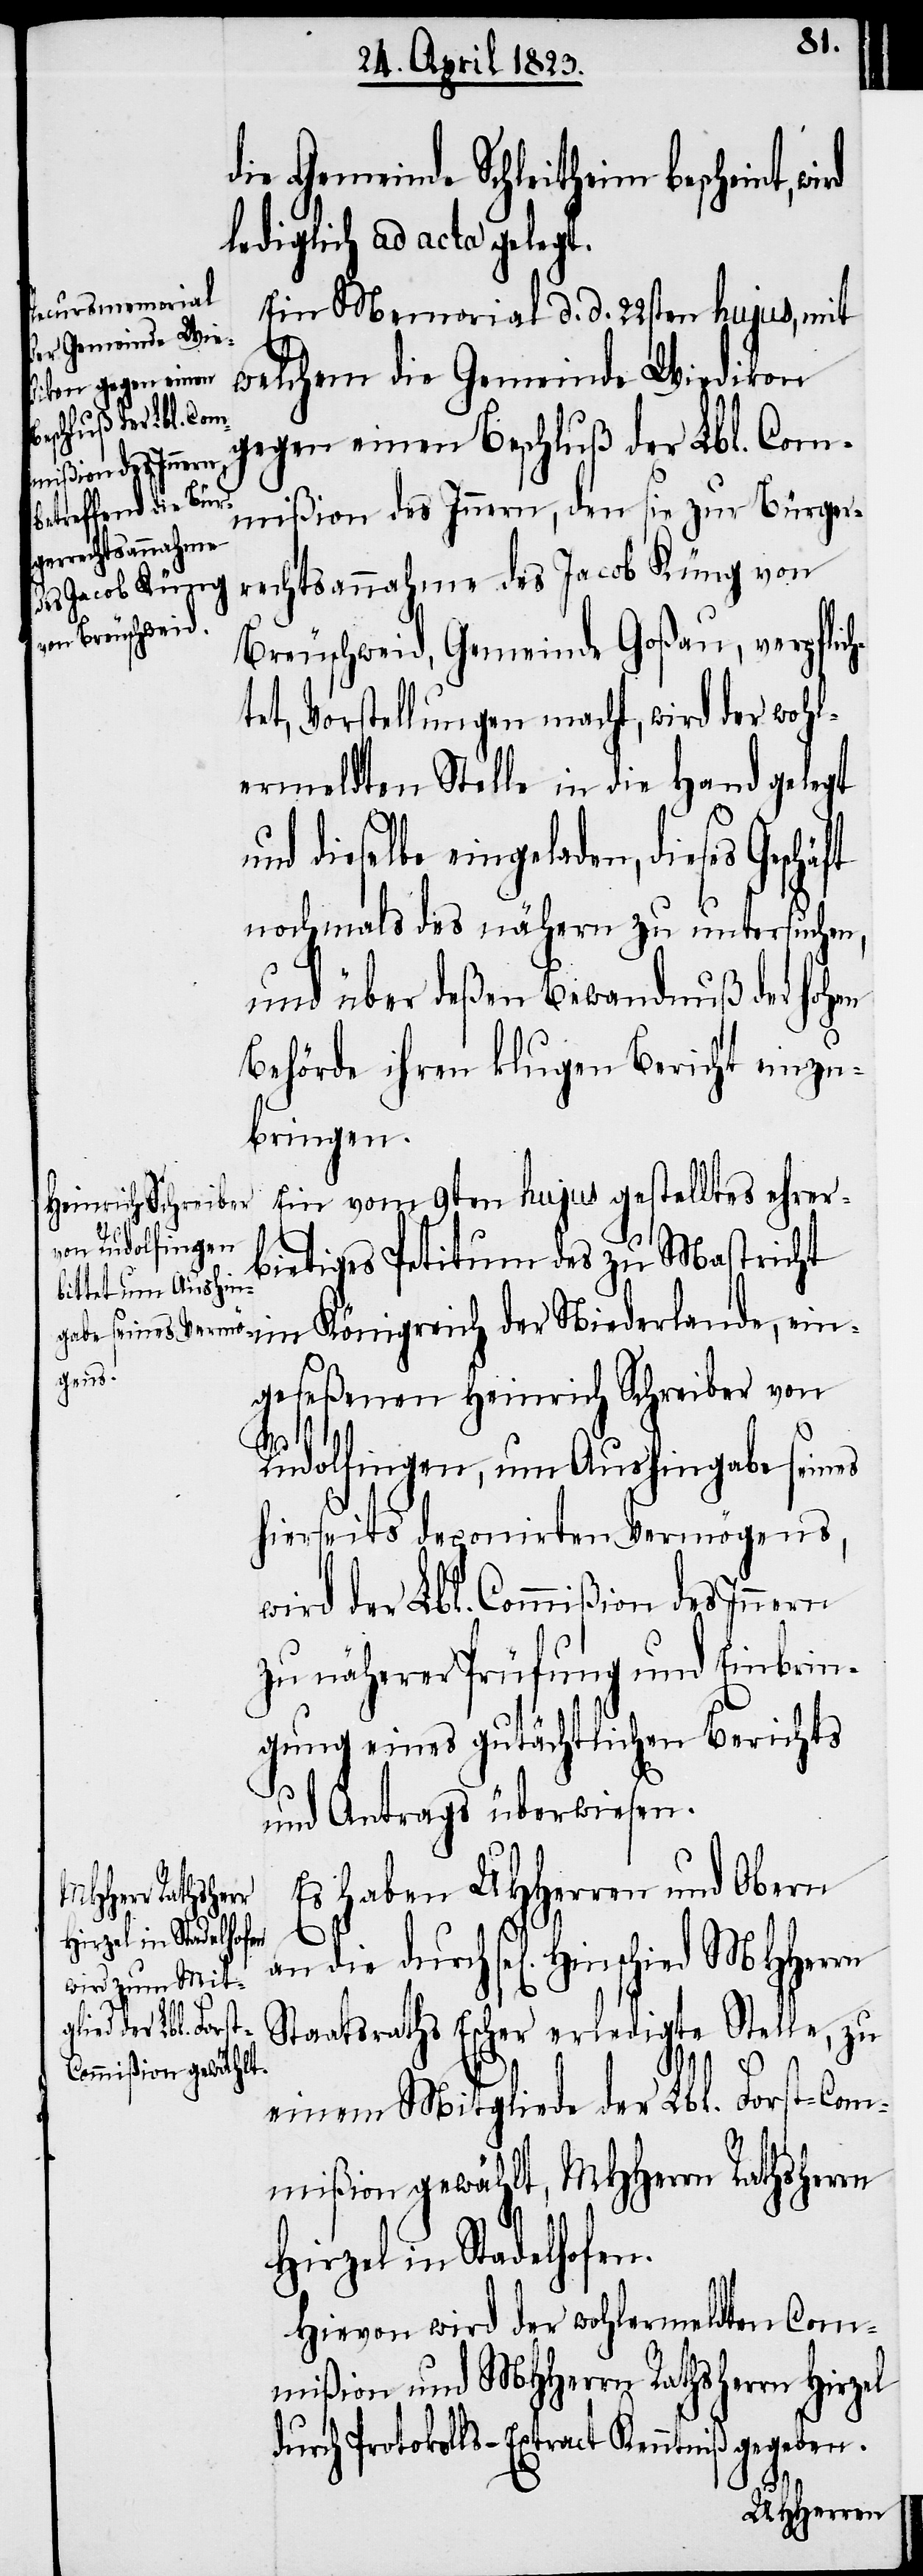
die Gemeinde Schleitheim bescheint,
lediglich ad acta gelegt.
Ein Memorial d. d. 22sten hujus, mit
welchem die Gemeinde Wiedikon
gegen einen Beschluß der Lbl. Com¬
mißion des Innern, den sie zur Bürger¬
rechtsannahme des Jacob Küng von
Breuschweid, Gemeinde Goßau, verpflich¬
tet, Vorstellungen macht, wird der wohl¬
ermeldten Stelle in die Hand gelegt
und dieselbe eingeladen, dieses
nochmals des nähern zu untersuchen,
und über deßen Bewandnuß der hohen
Behörde ihren klugen Bericht einzu¬
bringen.
Ein vom 9ten hujus gestelltes ehrer¬
bietiges Petitum des zu Mastricht
im Königreich der Niederlande, ein¬
geseßenen Heinrich Schreiber von
Rudolfingen, um Aushingabe seines
hierseits deponirten Vermögens,
wird der Lbl. Commißion des Innern
zu näherer Prüfung und Einbrin¬
gung eines gutächtlichen Berichts
und Antrags überwiesen.
Es haben UHHerren und Obern
an die durch sel[igen] Hinschied
Staatsraths Escher erledigte Stelle, zu
einem Mitgliede der Lbl. Forst-Com¬
mißion gewählt, MHHerrn Rathsherrn
Hirzel in Stadelhofen.
Hievon wird der wohlermeldten Com¬
mißion und MHHerrn Rathsherrn Hirzel
durch Protokolls-Extract Kenntniß gegeben.
MHHerrn